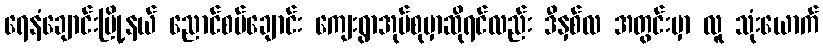
ရေနံချောင်းမြို့နယ် ညောင်စပ်ချောင်း ကျေးရွာအုပ်စုမှာဆိုရင်လည်း ဒီနှစ်လ အတွင်းမှာ လူ သုံးယောက်